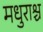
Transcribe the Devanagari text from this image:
मधुराश्च